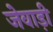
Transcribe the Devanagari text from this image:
जेवाड़ी